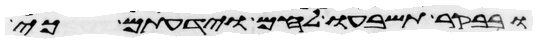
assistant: ובבקר תשבעו לחם וידעתם כי